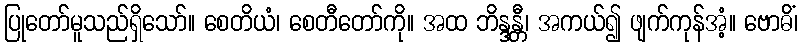
ပြုတော်မူသည်ရှိသော်။ စေတိယံ၊ စေတီတော်ကို။ အထ ဘိန္ဒန္တီ၊ အကယ်၍ ဖျက်ကုန်အံ့။ ဗောဓိံ၊